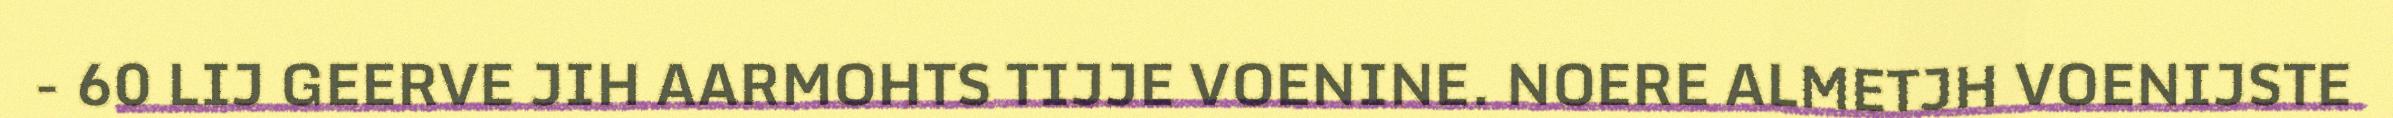
- 60 LIJ GEERVE JIH AARMOHTS TIJJE VOENINE. NOERE ALMETJH VOENIJSTE